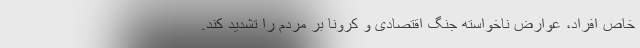
خاص افراد، عوارض ناخواسته جنگ اقتصادی و کرونا بر مردم را تشدید کند.